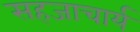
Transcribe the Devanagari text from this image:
सहजाचार्य